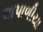
લાપાળીયા